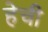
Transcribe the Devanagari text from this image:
हेची